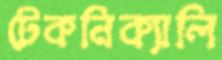
টেকনিক্যালি